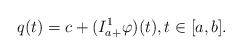
\begin{align*}q(t)= c+(I^1_{a+} \varphi )(t),t\in [a,b].\end{align*}